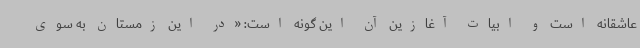
عاشقانه است و ابیات آغازین آن این گونه است: «در این زمستان به سوی